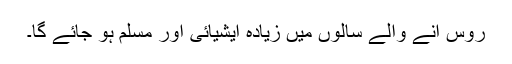
روس آنے والے سالوں میں زیادہ ایشیائی اور مسلم ہو جائے گا۔